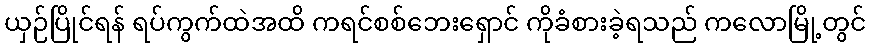
ယှဉ်ပြိုင်ရန် ရပ်ကွက်ထဲအထိ ကရင်စစ်ဘေးရှောင် ကိုခံစားခဲ့ရသည် ကလောမြို့တွင်